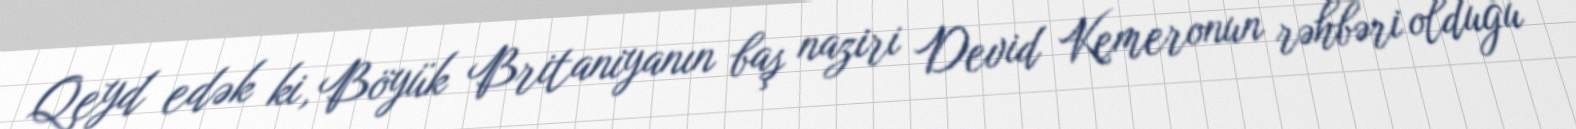
Qeyd edək ki, Böyük Britaniyanın baş naziri Devid Kemeronun rəhbəri olduğu